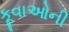
કૂવાઓની